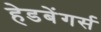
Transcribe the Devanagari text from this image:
हेडबेंगर्स